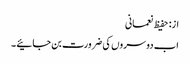
از: حفیظ نعمانی
اب دوسروں کی ضرورت بن جائیے ۔